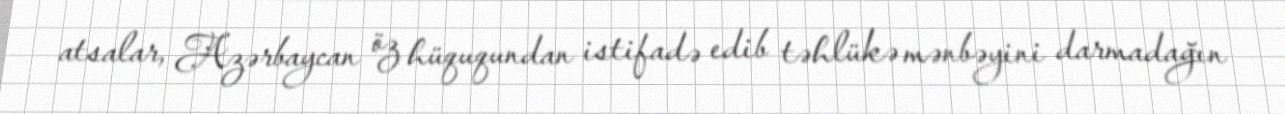
atsalar, Azərbaycan öz hüququndan istifadə edib təhlükə mənbəyini darmadağın